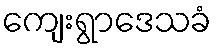
ကျေးရွာဒေသခံ